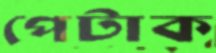
পেটাক